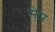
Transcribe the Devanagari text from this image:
से्म